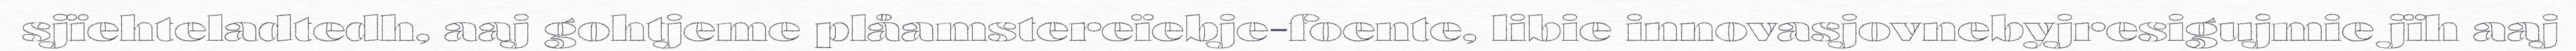
sjïehteladtedh, aaj gohtjeme plåamstereïebje-foente, libie innovasjovnebyjresigujmie jïh aaj